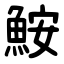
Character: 鮟